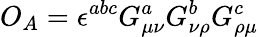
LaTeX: O_{A}=\epsilon^{abc}G_{\mu\nu}^{a}G_{\nu\rho}^{b}G_{\rho\mu}^{c}